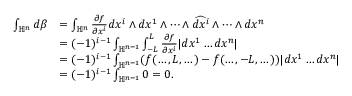
\begin{array} { r l } { \int _ { \mathbb { H } ^ { n } } d \beta } & { = \int _ { \mathbb { H } ^ { n } } \frac { \partial f } { \partial x ^ { i } } d x ^ { i } \wedge d x ^ { 1 } \wedge \dots \wedge \widehat { d x ^ { i } } \wedge \dots \wedge d x ^ { n } } \\ & { = ( - 1 ) ^ { i - 1 } \int _ { \mathbb { H } ^ { n - 1 } } \int _ { - L } ^ { L } \frac { \partial f } { \partial x ^ { i } } | d x ^ { 1 } \dots d x ^ { n } | } \\ & { = ( - 1 ) ^ { i - 1 } \int _ { \mathbb { H } ^ { n - 1 } } ( f ( \dots , L , \dots ) - f ( \dots , - L , \dots ) ) | d x ^ { 1 } \dots d x ^ { n } | } \\ & { = ( - 1 ) ^ { i - 1 } \int _ { \mathbb { H } ^ { n - 1 } } 0 = 0 . } \end{array}